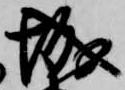
城